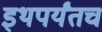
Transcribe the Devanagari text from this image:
इथपर्यंतच